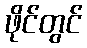
ဖိုင်တွင်